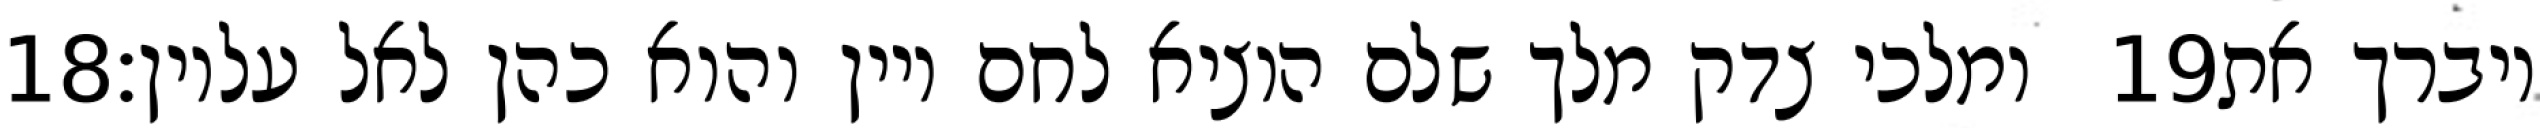
‎18‏ ומלכי צדק מלך שלם הוציא לחם ויין והוא כהן לאל עליון׃ ‎19‏ ויברך את